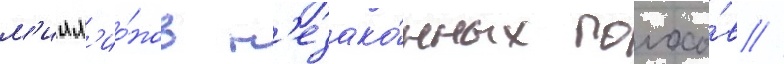
м'илл'ио́нов н'езако́нных голосо́в //